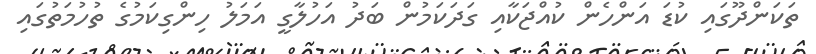
ތަކަންދޫގައި ކުޑަ އަންހެން ކުއްޖަކާއި ގަދަކަމުން ބަދު އަހުލާގީ އަމަލު ހިންގިކަމުގެ ތުހުމަތުގައި